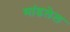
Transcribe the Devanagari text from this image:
मांडलेल